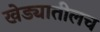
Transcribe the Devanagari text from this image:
खेड्यातीलच